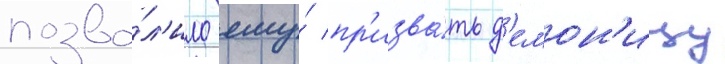
позво́л'ило ему́ пр'изва́ть д'емон'ицу